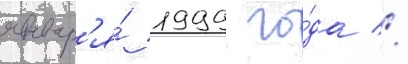
январ'я́ 1999 го́да //